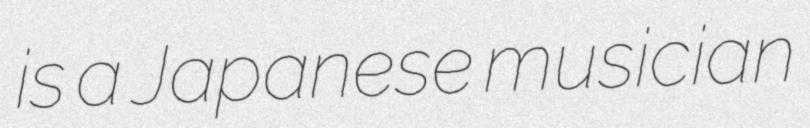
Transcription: is a Japanese musician